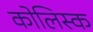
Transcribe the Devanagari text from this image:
कोलिस्क